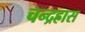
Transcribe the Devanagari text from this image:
चन्द्रह्रास